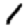
Digit: 1